Document type: Sale
Year: 1290
Scribe: Miquel Rotllan
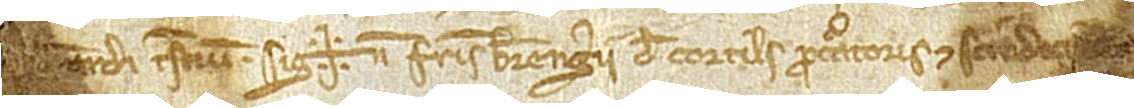
[…]ardi, testium. Sig+num fratris Berengarii de Cortils, procuratoris et scindici [domus monasterii]